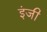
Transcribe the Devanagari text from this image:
इंजी